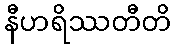
နီဟရိဿတီတိ